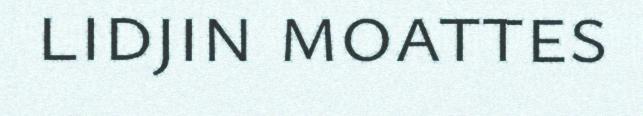
lidjin moattes